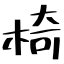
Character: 椅